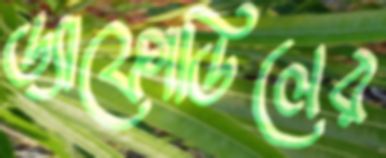
ড্যাফোডিলের